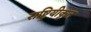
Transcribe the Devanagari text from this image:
राष्ट्रियीकृत